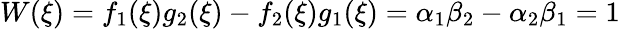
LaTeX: W(\xi)=f_{1}(\xi)g_{2}(\xi)-f_{2}(\xi)g_{1}(\xi)=\alpha_{1}\beta_{2}-\alpha_{2}\beta_{1}=1